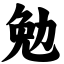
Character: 勉